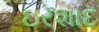
ઇરશાદ